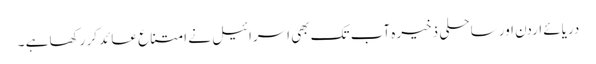
دریائے اردن اور ساحلی ذخیرہ آب تک بھی اسرائیل نے امتناع عائد کر رکھا ہے ۔